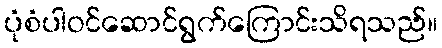
ပုံစံပါဝင်ဆောင်ရွက်ကြောင်းသိရသည်။